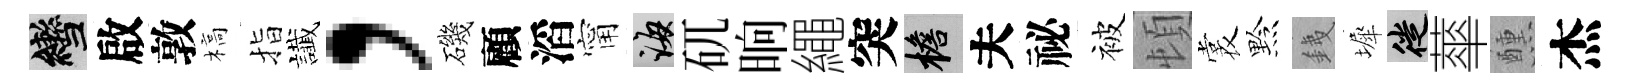
轡啟敦槁指䜟，磯顧滔甯誨矹晌繩突檐夫祕被頓裳黔銕墀徙蕐醺杰